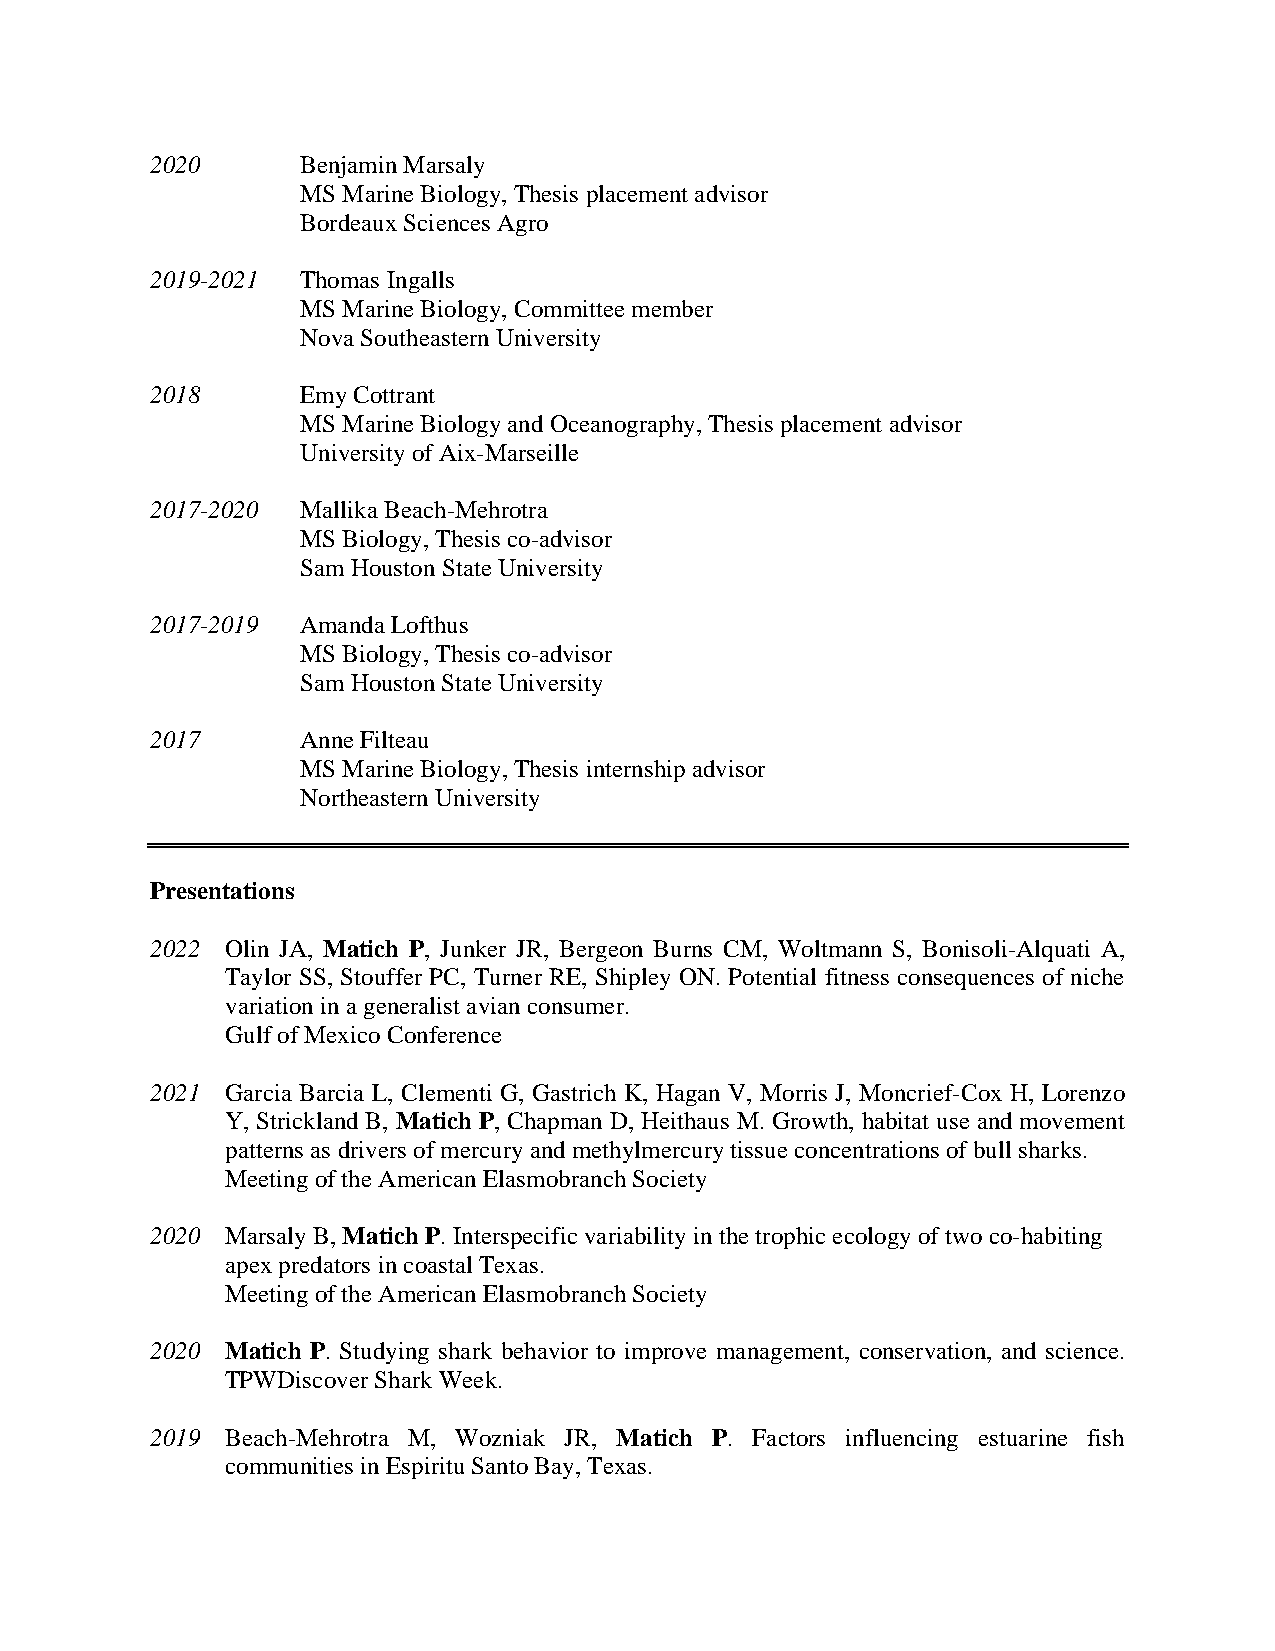
2020      Benjamin Marsaly
 MS Marine Biology, Thesis placement advisor
 Bordeaux Sciences Agro
 2019-2021 Thomas Ingalls
 MS Marine Biology, Committee member
 Nova Southeastern University
 2018      Emy Cottrant
 MS Marine Biology and Oceanography, Thesis placement advisor
 University of Aix-Marseille
 2017-2020 Mallika Beach-Mehrotra
 MS Biology, Thesis co-advisor
 Sam Houston State University
 2017-2019 Amanda Lofthus
 MS Biology, Thesis co-advisor
 Sam Houston State University
 2017      Anne Filteau
 MS Marine Biology, Thesis internship advisor
 Northeastern University
 Presentations
 2022 Olin JA, Matich P, Junker JR, Bergeon Burns CM, Woltmann S, Bonisoli-Alquati A,
 Taylor SS, Stouffer PC, Turner RE, Shipley ON. Potential fitness consequences of niche
 variation in a generalist avian consumer.
 Gulf of Mexico Conference
 2021 Garcia Barcia L, Clementi G, Gastrich K, Hagan V, Morris J, Moncrief-Cox H, Lorenzo
 Y, Strickland B, Matich P, Chapman D, Heithaus M. Growth, habitat use and movement
 patterns as drivers of mercury and methylmercury tissue concentrations of bull sharks.
 Meeting of the American Elasmobranch Society
 2020 Marsaly B, Matich P. Interspecific variability in the trophic ecology of two co-habiting
 apex predators in coastal Texas.
 Meeting of the American Elasmobranch Society
 2020 Matich P. Studying shark behavior to improve management, conservation, and science.
 TPWDiscover Shark Week.
 2019 Beach-Mehrotra M, Wozniak JR, Matich P. Factors influencing estuarine fish
 communities in Espiritu Santo Bay, Texas.